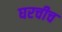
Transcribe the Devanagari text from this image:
घरचीच